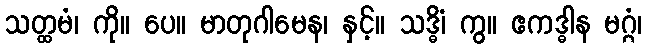
သတ္ထမံ၊ ကို။ ပေ။ မာတုဂါမေန၊ နှင့်။ သဒ္ဓိံ၊ ကွ။ ဧကဒ္ဓါန မဂ္ဂံ၊